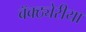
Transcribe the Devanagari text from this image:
बॅक्ठ्येरीया